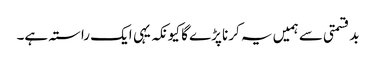
بدقسمتی سے ہمیں یہ کرنا پڑے گا کیونکہ یہی ایک راستہ ہے۔